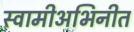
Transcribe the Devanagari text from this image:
स्वामीअभिनीत